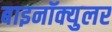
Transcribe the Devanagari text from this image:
बाइनॉक्युलर